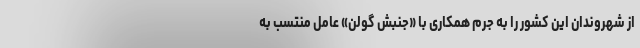
از شهروندان این کشور را به جرم همکاری با «جنبش گولن» عامل منتسب به